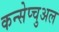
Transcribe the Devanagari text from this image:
कन्सेप्चुअल